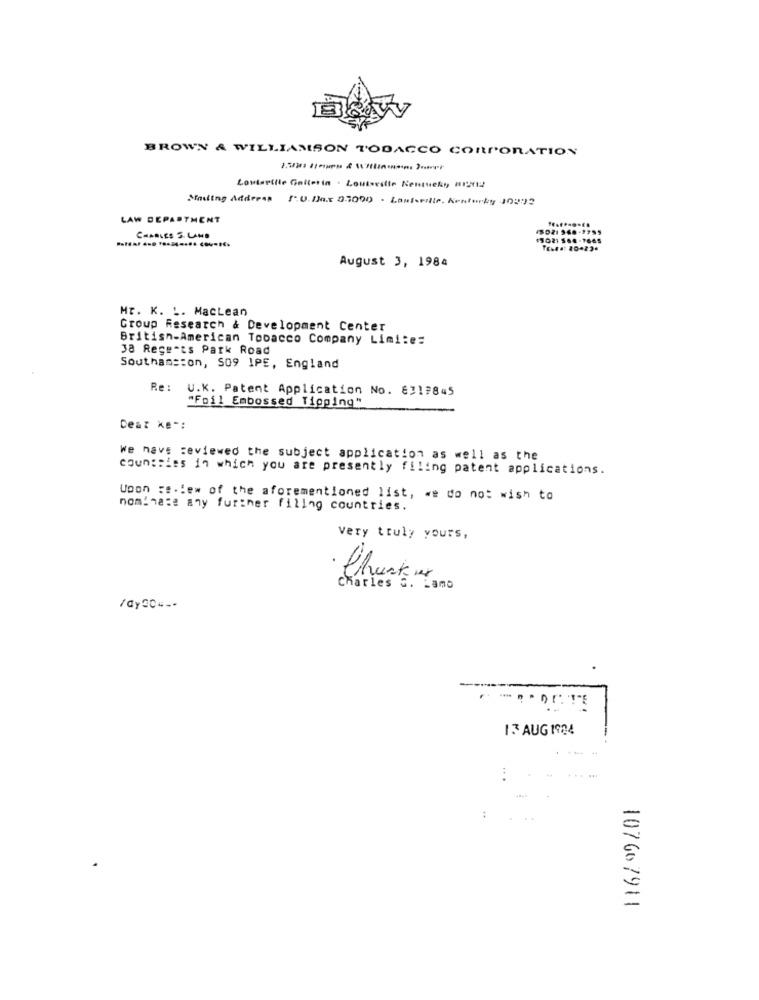
BROWN & WILLIAMSON TOBACCO CORPORATION
Louisville Gollerin . Loutsville Kentucky HINIZ
Mailing Address [ºU.Das 21000 . Lauterilir. Kraterky 10292
LAW DEPARTMENT
CHARLES S. LAND
August 3, 1984
Mr. K. L. Maclean
Group Research & Development Center
British American Tobacco Company Limite:
38 Regents Park Road
Southams:on, 509 IPE, England
Re:
U.K. Patent Application No. 8317845
"Foil Embossed Tipping"
Deaz ke *:
we have reviewed the subject application as well as the
countries in which you are presently filing patent applications.
Upon :e.lew of the aforementioned list, we do not wish to
nominate any furiner filing countries.
very truly yours,
Charles S. Lamo
/ayGO ---
13 AUG 1984
......
:
107667911